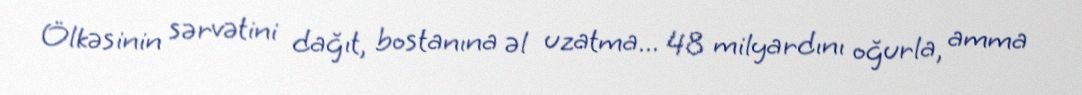
Ölkəsinin sərvətini dağıt, bostanına əl uzatma... 48 milyardını oğurla, amma